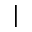
\vert